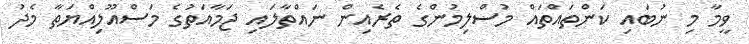
ވީމާ މި ނުބައި ކަންތައްތައް މުސްލިމުންގެ ތެރެއިން ނައްތާލައި ޖަމާއަތުގެ މަސްއޫލިއްޔަތާ މެދު